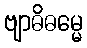
ဗျာဓိဓမ္မေ